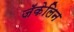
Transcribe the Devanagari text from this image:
जॅकेलिन